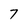
Character: 7